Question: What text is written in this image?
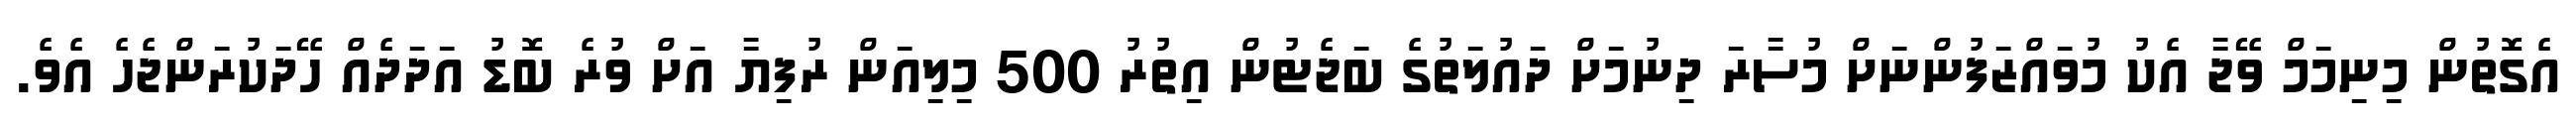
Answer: އެގޮތުން މިނިމަމް ވޭޖާ އެކު މުވައްޒަފުންނަށް މުސާރަ ދިނުމަށް ދައުލަތުގެ ބަޖެޓުން އިތުރު 500 މިލިއަން ރުފިޔާ އަށް ވުރެ ބޮޑު އަދަދެއް ހޭދަކުރަންޖެހެ އެވެ.